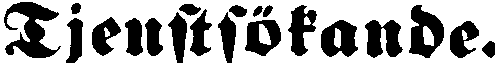
Tjenstsökande.